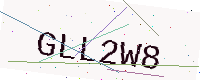
Text: GLL2W8